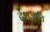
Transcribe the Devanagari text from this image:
देशजाति